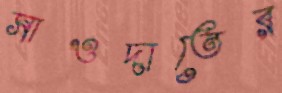
সাওদাতের